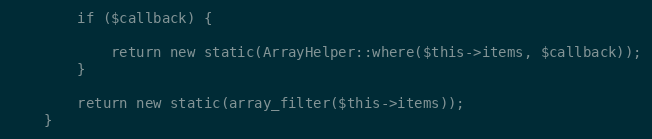
Language: PHP
        if ($callback) {

            return new static(ArrayHelper::where($this->items, $callback));
        }

        return new static(array_filter($this->items));
    }